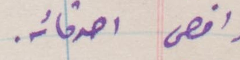
واقصى أصدقائه